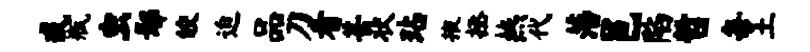
戒瓶虫鄢皎迫品刀看甚状玷掖拯燕代藩邑陷哲每土